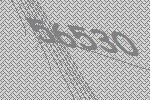
56530